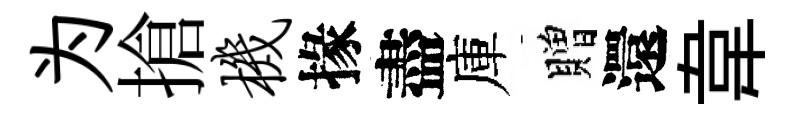
为搶机掾盡庫贈還韋